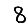
Digit: 8